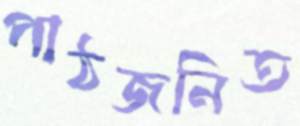
পাঠজনিত